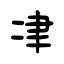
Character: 冿